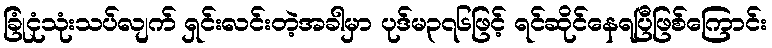
ခြုံငုံသုံးသပ်လျက် ရှင်းလင်းတဲ့အခါမှာ ပုဒ်မ၃၇၆ဖြင့် ရင်ဆိုင်နေရပြီဖြစ်ကြောင်း